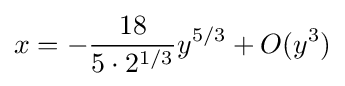
x=-{\frac {18}{5\cdot 2^{1/3}}}y^{5/3}+O(y^{3})